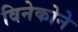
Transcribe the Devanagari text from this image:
विनेकोने